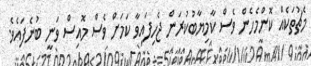
މެޗުތަކެއް ކޮންމެހެން ވެސް ކާމިޔާބުކުރަން ޖެހިފައިވާ ކަމަށް ވެސް މޮއިސް ވަނީ ބުނެފައެވެ.